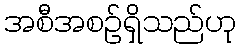
အစီအစဉ်ရှိသည်ဟု